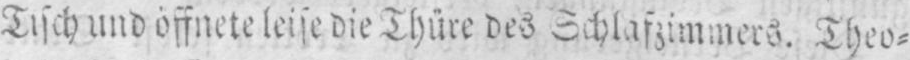
Tisch und öffnete leise die Thüre des Schlafzimmers. Theo⸗